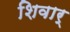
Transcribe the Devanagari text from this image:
शिवार्